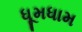
ધૂમધામ